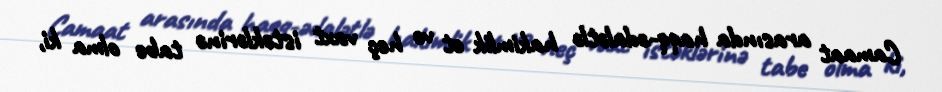
Camaat arasında haqq-ədalətlə hakimlik et və heç vaxt istəklərinə tabe olma ki,